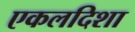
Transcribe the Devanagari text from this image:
एकलदिशा